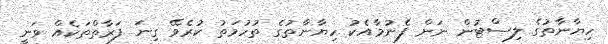
ހިޔާނާތުގެ ލިސްޓުން ނަން ފެނުމާއެކު ހިޔާނާތުގެ ތުހުމަތު ކުރެވޭ ގިނަ ފަރާތްތަކެއް ވަނީ